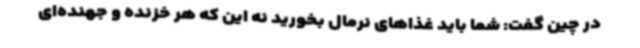
در چین گفت: شما باید غذاهای نرمال بخورید نه این که هر خزنده و جهنده‌ای